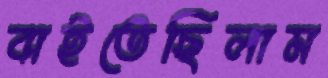
বাইতেছিলাম